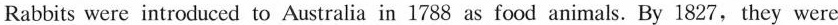
Rabbits were introduced to Australia in 1788 as food animals. By 1827,they were